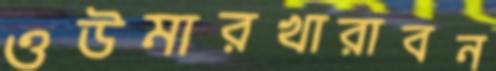
ওউমারখারাবন